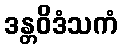
ဒန္တဝိဒံသကံ